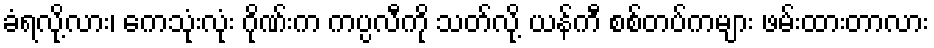
ခံရလို့လား၊ ကေသုံးလုံး ဂိုဏ်းက ကပ္ပလီကို သတ်လို့ ယန်ကီ စစ်တပ်ကများ ဖမ်းထားတာလား